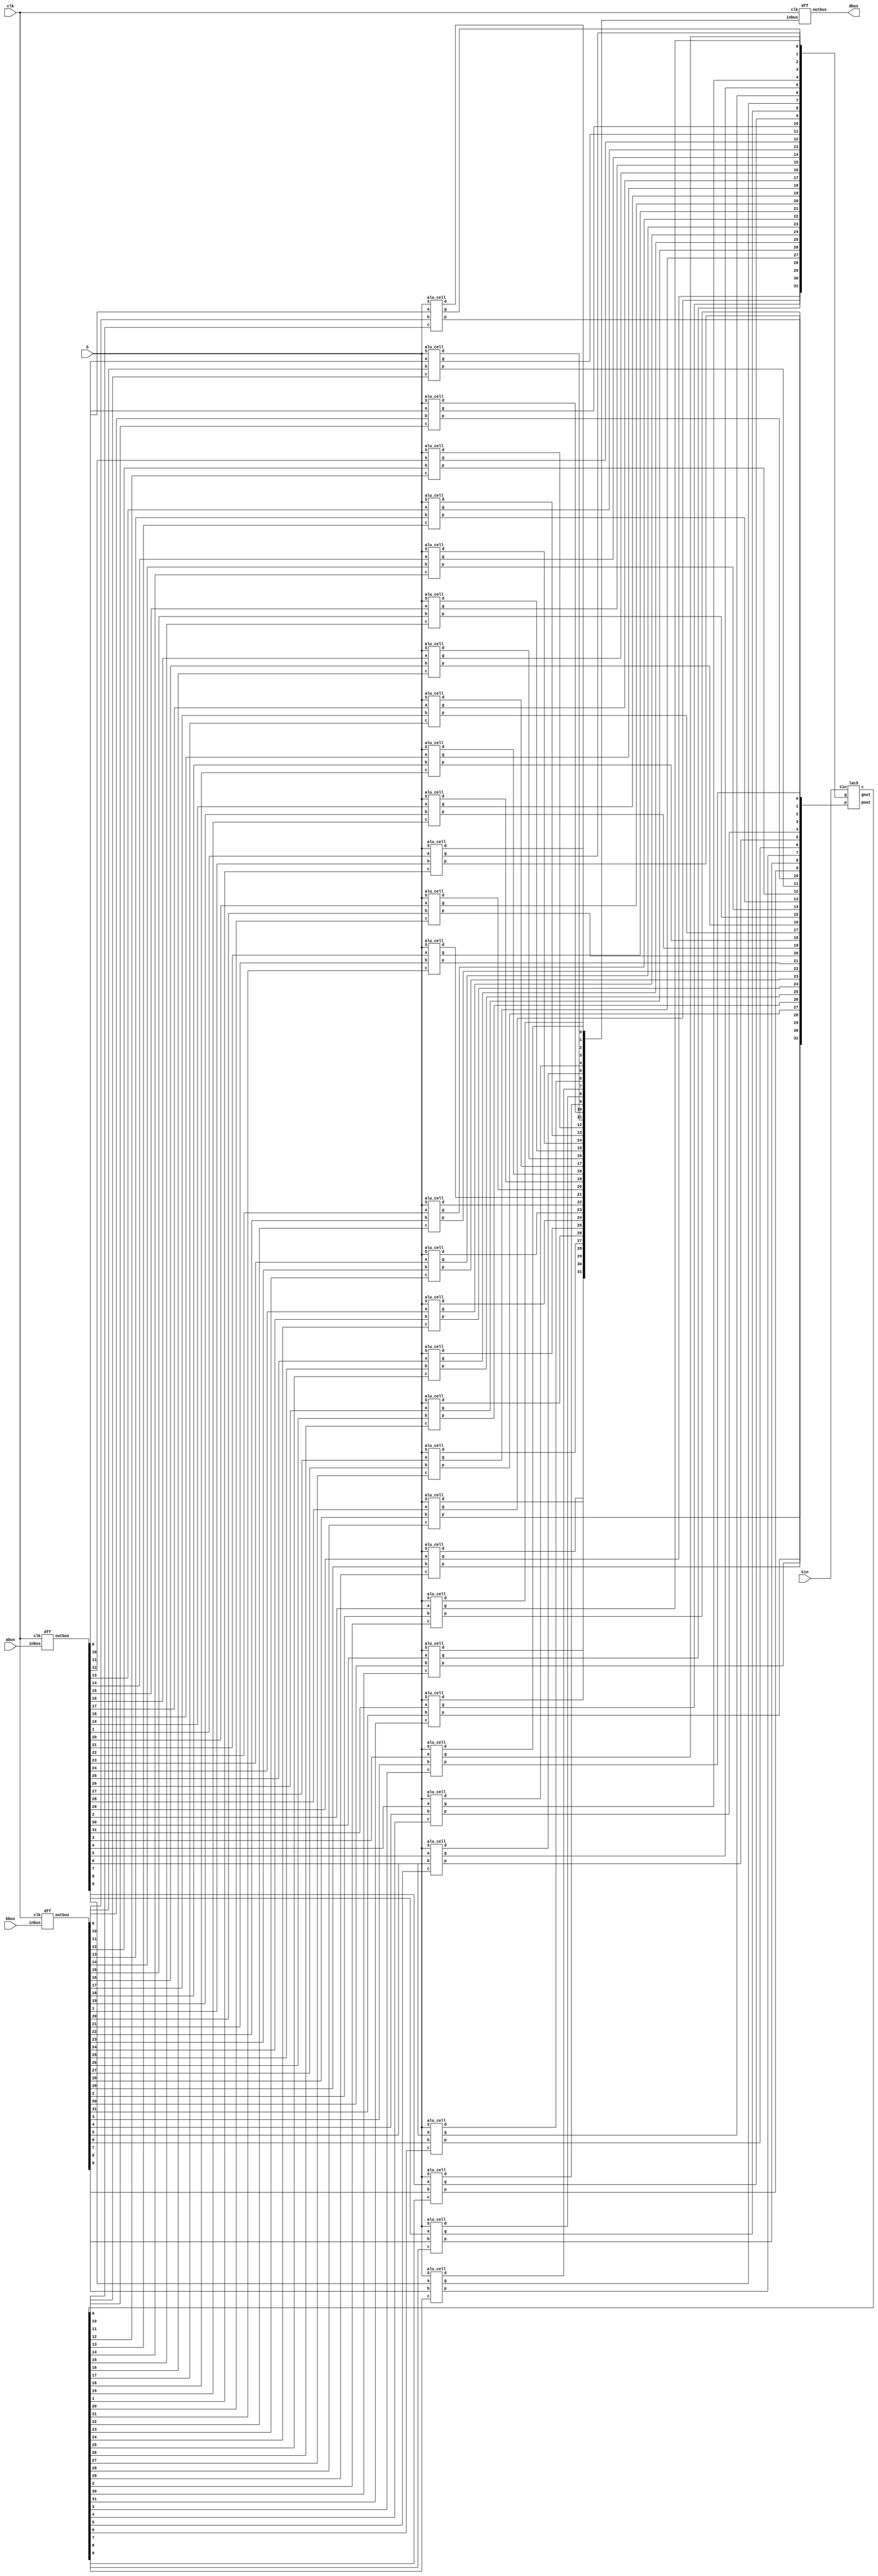
`timescale 1ns / 1ps

/**
    This program creates an ALU that uses a look-ahead carry adder structure rather than ripple-carry (parallel) adder.
**/

module alupipe (abus, bbus, dbus, Cin, S, clk);
   output[31:0] dbus;
//   output Cout, V; Not needed for this assignment?
   input [31:0] abus, bbus;
   input Cin;
   input [2:0] S;
   input clk;
   
   wire [31:0] c, g, p;
   wire [31:0] a, b, d;
   wire gout, pout;
   wire Cout, V;
   
   //Instantiating the "bus" for the first input of the ALU
   dff a_input_bus(
      .inbus(abus),
      .outbus(a),
      .clk(clk)
   );
   
   //Instantiating the "bus: for the second input of the ALU
   dff b_input_bus(
      .inbus(bbus),
      .outbus(b),
      .clk(clk)
   );
      
   //Instantiating the ALU cell
   alu_cell mycell[31:0] (
      .d(d),
      .g(g),
      .p(p),
      .a(a),
      .b(b),
      .c(c),
      .S(S)
   );
   
   //Instantiating the "bus" for the output of the ALU
   dff d_output_bus(
      .inbus(d),
      .outbus(dbus),
      .clk(clk)
   );
   
   //Instantiating the LAC
   lac5 lac(
      .c(c),
      .gout(gout),
      .pout(pout),
      .Cin(Cin),
      .g(g),
      .p(p)
   );

   //Instantiating the overflow detector
   overflow ov(
      .Cout(Cout),
      .V(V),
      .g(gout),
      .p(pout),
      .c31(c[31]),
      .Cin(Cin)
   );   
  
endmodule

//Instantiates a module for a 31 bit d flip flop 
module dff(inbus, outbus, clk);
    input [31:0] inbus;
    output [31:0] outbus;
    reg [31:0] outbus;
    input clk;
    
    //Push the data in the bus to the output on the positive edge of the clock
    always @(posedge clk) begin
        outbus = inbus;
    end
    
endmodule

module alu_cell (d, g, p, a, b, c, S);
   output d, g, p;
   input a, b, c;
   input [2:0] S;      
   reg g,p,d,cint,bint;
     
   always @(a,b,c,S,p,g) begin 
     bint = S[0] ^ b;
     g = a & bint; //getting the generator bit
     p = a ^ bint; //getting the propogator bit
     cint = S[1] & c; //getting the carry in bit
    
      if(S[2]==0)
         begin
             d = p ^ cint; //handles XOR, XNOR, addition and subtraction
         end
         
      else if(S[2]==1)
          begin
             if((S[1]==0) & (S[0]==0)) begin
                d = a | b; //handles A OR B
                end
             else if ((S[1]==0) & (S[0]==1)) begin
                d = ~(a | b); //handles A NOR B
                end
             else if ((S[1]==1) & (S[0]==0)) begin
                d = a & b; //handles A AND B
                end   
             else
                d = 0;
                end
       end             
endmodule


module overflow (Cout, V, g, p, c31, Cin);
   output Cout, V;
   input g, p, c31, Cin;
   
   assign Cout = g|(p&Cin); //gets the Carry out bit based on the generator and propogator bit
   assign V = Cout^c31; //finds out whether or not the overflow bit is set high
endmodule

//creates the root for the LAC tree
module lac(c, gout, pout, Cin, g, p);

   output [1:0] c;
   output gout;
   output pout;
   input Cin;
   input [1:0] g;
   input [1:0] p;

   assign c[0] = Cin;
   assign c[1] = g[0] | ( p[0] & Cin );
   assign gout = g[1] | ( p[1] & g[0] );
   assign pout = p[1] & p[0];
	
endmodule

//creates the first tree for the LAC
module lac2 (c, gout, pout, Cin, g, p);
   output [3:0] c;
   output gout, pout;
   input Cin;
   input [3:0] g, p;
   
   wire [1:0] cint, gint, pint;
   
   lac leaf0(
      .c(c[1:0]),
      .gout(gint[0]),
      .pout(pint[0]),
      .Cin(cint[0]),
      .g(g[1:0]),
      .p(p[1:0])
   );
   
   lac leaf1(
      .c(c[3:2]),
      .gout(gint[1]),
      .pout(pint[1]),
      .Cin(cint[1]),
      .g(g[3:2]),
      .p(p[3:2])
   );
   
   lac root(
      .c(cint),
      .gout(gout),
      .pout(pout),
      .Cin(Cin),
      .g(gint),
      .p(pint)
   );
endmodule   

//creates the next row of the tree for the LAC
module lac3 (c, gout, pout, Cin, g, p);
   output [7:0] c;
   output gout, pout;
   input Cin;
   input [7:0] g, p;
   
   wire [1:0] cint, gint, pint;
   
   lac2 leaf0(
      .c(c[3:0]),
      .gout(gint[0]),
      .pout(pint[0]),
      .Cin(cint[0]),
      .g(g[3:0]),
      .p(p[3:0])
   );
   
   lac2 leaf1(
      .c(c[7:4]),
      .gout(gint[1]),
      .pout(pint[1]),
      .Cin(cint[1]),
      .g(g[7:4]),
      .p(p[7:4])
   );
   
   lac root(
      .c(cint),
      .gout(gout),
      .pout(pout),
      .Cin(Cin),
      .g(gint),
      .p(pint)
   );
endmodule
      
//creates the 4th row of the LAC tree
module lac4 (c, gout, pout, Cin, g, p);
   output [15:0] c;
   output gout, pout;
   input Cin;
   input [15:0] g, p;
   
   wire [1:0] cint, gint, pint;
   
   lac3 leaf0(
       .c(c[7:0]),
       .gout(gint[0]),
       .pout(pint[0]),
       .Cin(cint[0]),
       .g(g[7:0]),
       .p(p[7:0])
   );
   
   lac3 leaf1(
       .c(c[15:8]),
       .gout(gint[1]),
       .pout(pint[1]),
       .Cin(cint[1]),
       .g(g[15:8]),
       .p(p[15:8])
   );
   
   lac root(
      .c(cint),
      .gout(gout),
      .pout(pout),
      .Cin(Cin),
      .g(gint),
      .p(pint)
   );
endmodule
      
//puts everything together for the LAC tree
module lac5 (c, gout, pout, Cin, g, p);
   output [31:0] c;
   output gout, pout;
   input Cin;
   input [31:0] g, p;
   
   wire [1:0] cint, gint, pint;
   
   lac4 leaf0(
       .c(c[15:0]),
       .gout(gint[0]),
       .pout(pint[0]),
       .Cin(cint[0]),
       .g(g[15:0]),
       .p(p[15:0])
   );
   
   lac4 leaf1(
       .c(c[31:16]),
       .gout(gint[1]),
       .pout(pint[1]),
       .Cin(cint[1]),
       .g(g[31:16]),
       .p(p[31:16])
   );
   
   lac root(
      .c(cint),
      .gout(gout),
      .pout(pout),
      .Cin(Cin),
      .g(gint),
      .p(pint)
   );
endmodule